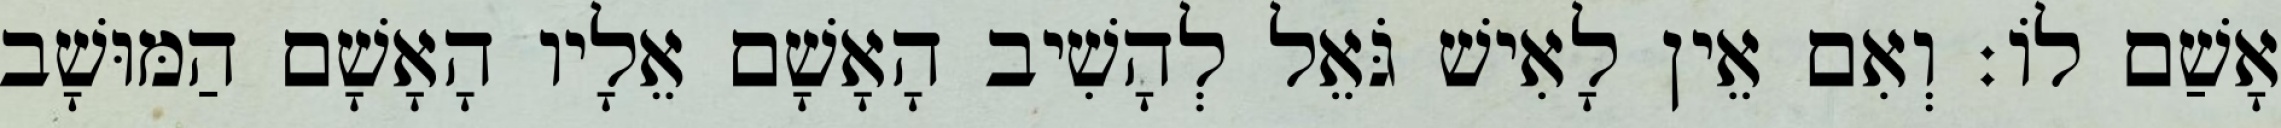
אָשַׁם לוֹ׃ וְאִם אֵין לָאִישׁ גֹּאֵל לְהָשִׁיב הָאָשָׁם אֵלָיו הָאָשָׁם הַמּוּשָׁב